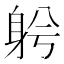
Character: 𨈲